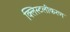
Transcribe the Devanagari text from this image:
क्लिस्टलीकरण